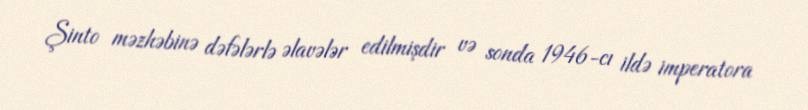
Şinto məzhəbinə dəfələrlə əlavələr edilmişdir və sonda 1946-cı ildə imperatora